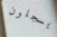
يسجلون